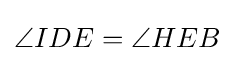
\angle IDE=\angle HEB